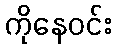
ကိုနေဝင်း